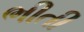
ભીતી